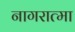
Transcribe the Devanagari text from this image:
नागरात्मा